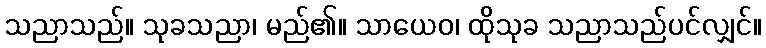
သညာသည်။ သုခသညာ၊ မည်၏။ သာယေဝ၊ ထိုသုခ သညာသည်ပင်လျှင်။